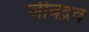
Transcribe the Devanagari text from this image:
जीवद्रव